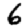
Digit: 6